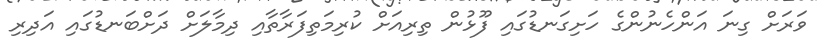
ވަރަށް ގިނަ އަންހެނުންގެ ހަށިގަނޑުގައި ފޫޅުން ތިރިއަށް ކުރިމަތިފަރާތާއި ދިމާލަށް ދަށްބަނޑުގައި އަދިރި